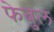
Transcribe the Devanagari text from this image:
फेबुल